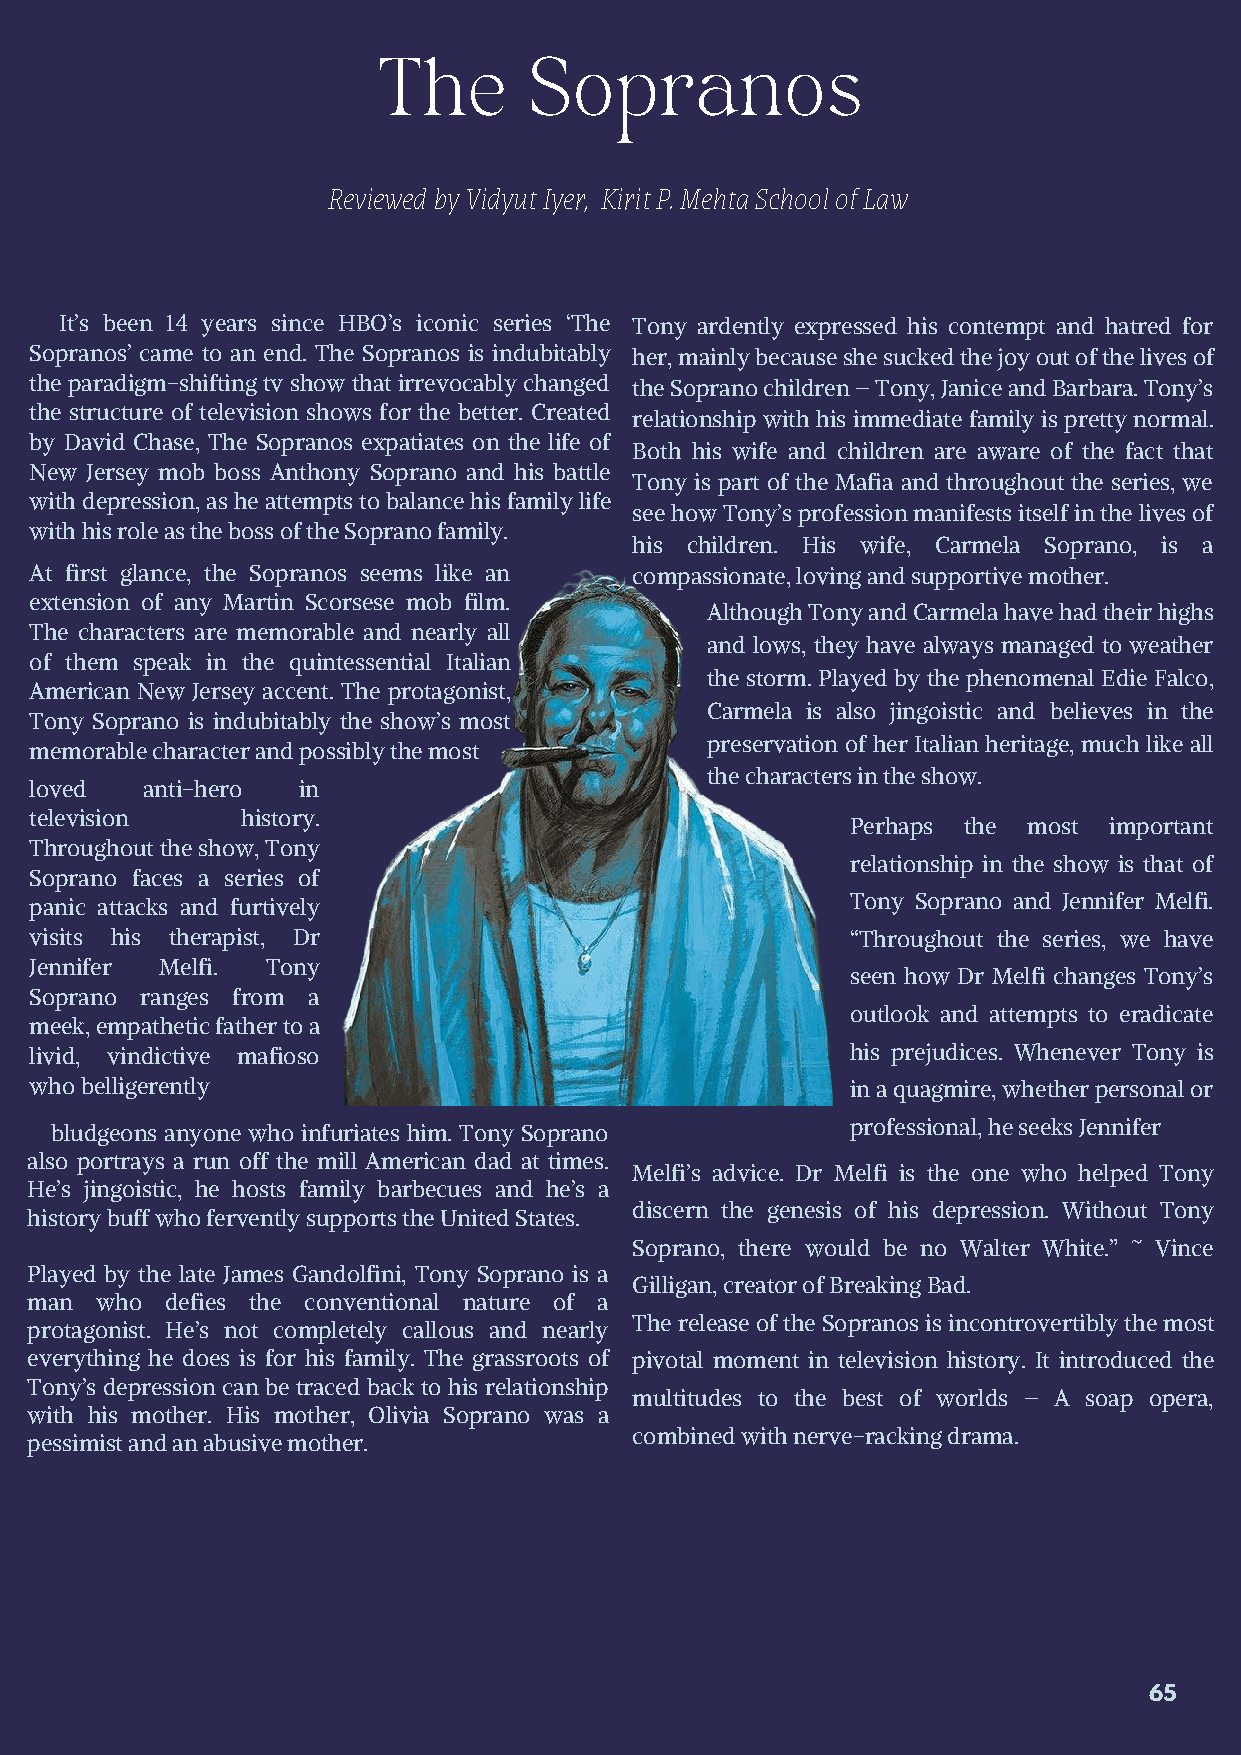
The       Sopranos
 Reviewed by Vidyut Iyer, Kirit P. Mehta School of Law
 It’s been 14 years since HBO’s iconic series ‘The Tony ardently expressed his contempt and hatred for
 Sopranos’ came to an end. The Sopranos is indubitably her, mainly because she sucked the joy out of the lives of
 the paradigm-shifting tv show that irrevocably changed the Soprano children – Tony, Janice and Barbara. Tony’s
 the structure of television shows for the better. Created
 relationship with his immediate family is pretty normal.
 by David Chase, The Sopranos expatiates on the life of
 Both his wife and children are aware of the fact that
 New Jersey mob boss Anthony Soprano and his battle
 Tony is part of the Mafia and throughout the series, we
 with depression, as he attempts to balance his family life
 see how Tony’s profession manifests itself in the lives of
 with his role as the boss of the Soprano family.
 his children. His wife, Carmela Soprano, is a
 At first glance, the Sopranos seems like an compassionate, loving and supportive mother.
 extension of any Martin Scorsese mob film.
 Although Tony and Carmela have had their highs
 The characters are memorable and nearly all
 and lows, they have always managed to weather
 of them speak in the quintessential Italian
 the storm. Played by the phenomenal Edie Falco,
 American New Jersey accent. The protagonist,
 Carmela is also jingoistic and believes in the
 Tony Soprano is indubitably the show’s most
 preservation of her Italian heritage, much like all
 memorable character and possibly the most
 the characters in the show.
 loved  anti-hero  in
 television    history.
 Perhaps the most important
 Throughout the show, Tony
 relationship in the show is that of
 Soprano faces a series of
 panic attacks and furtively                           Tony Soprano and Jennifer Melfi.
 visits his therapist, Dr                              “Throughout the series, we have
 Jennifer Melfi. Tony
 seen how Dr Melfi changes Tony’s
 Soprano ranges from a
 outlook and attempts to eradicate
 meek, empathetic father to a
 livid, vindictive mafioso                             his prejudices. Whenever Tony is
 who belligerently                                     in a quagmire, whether personal or
 professional, he seeks Jennifer
 bludgeons anyone who infuriates him. Tony Soprano
 also portrays a run off the mill American dad at times.
 Melfi’s advice. Dr Melfi is the one who helped Tony
 He’s jingoistic, he hosts family barbecues and he’s a
 discern the genesis of his depression. Without Tony
 history buff who fervently supports the United States.
 Soprano, there would be no Walter White.” ~ Vince
 Played by the late James Gandolfini, Tony Soprano is a
 Gilligan, creator of Breaking Bad.
 man who  defies the conventional nature of a
 The release of the Sopranos is incontrovertibly the most
 protagonist. He’s not completely callous and nearly
 everything he does is for his family. The grassroots of pivotal moment in television history. It introduced the
 Tony’s depression can be traced back to his relationship
 multitudes to the best of worlds – A soap opera,
 with his mother. His mother, Olivia Soprano was a
 combined with nerve-racking drama.
 pessimist and an abusive mother.
 65